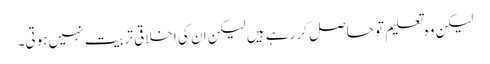
لیکن وہ تعلیم تو حاصل کر رہے ہیں لیکن ان کی اخلاقی تربیت نہیں ہوتی۔